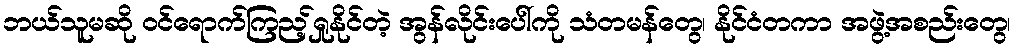
ဘယ်သူမဆို ဝင်ရောက်ကြည့်ရှုနိုင်တဲ့ အွန်လိုင်းပေါ်ကို သံတမန်တွေ၊ နိုင်ငံတကာ အဖွဲ့အစည်းတွေ၊